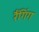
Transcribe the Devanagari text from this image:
रैंगिंग